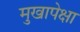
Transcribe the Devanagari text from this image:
मुखापेक्षा